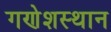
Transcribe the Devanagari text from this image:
गणेशस्थान